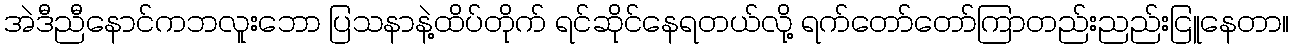
အဲဒီညီနောင်ကဘလူးဘော ပြသနာနဲ့ထိပ်တိုက် ရင်ဆိုင်နေရတယ်လို့ ရက်တော်တော်ကြာတည်းညည်းငြူနေတာ။